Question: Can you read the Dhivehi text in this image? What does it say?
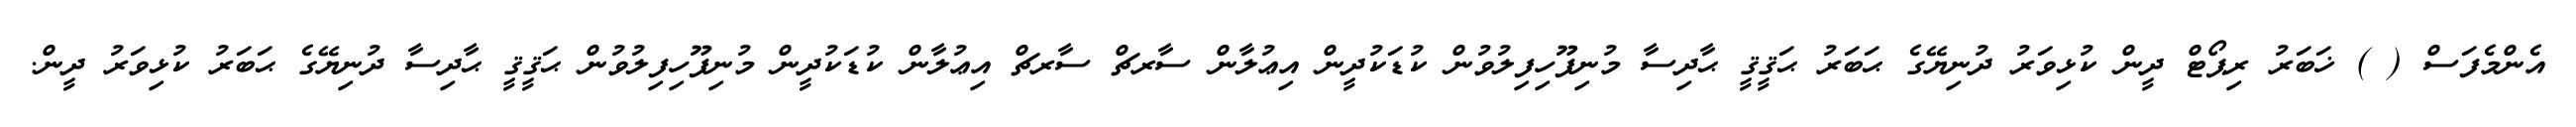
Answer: އެންމެފަސް ( ) ޚަބަރު ރިޕޯޓް ދީން ކުޅިވަރު ދުނިޔޭގެ ޙަބަރު ޙަޤީޤީ ޙާދިސާ މުނިފޫހިފިލުވުން ކުޑަކުދީން އިޢުލާން ސާރޗް ސާރޗް އިޢުލާން ކުޑަކުދީން މުނިފޫހިފިލުވުން ޙަޤީޤީ ޙާދިސާ ދުނިޔޭގެ ޙަބަރު ކުޅިވަރު ދީން.